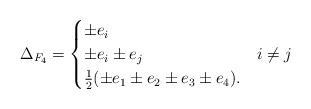
LaTeX: \begin{align*}\Delta_{F_4}= \begin{cases} \pm e_i \\ \pm e_i\pm e_j & i\neq j\\ \frac12 (\pm e_1\pm e_2\pm e_3\pm e_4).\end{cases}\end{align*}